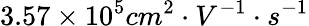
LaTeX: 3.57\times 10^{5}cm^{2}\cdot V^{-1}\cdot s^{-1}